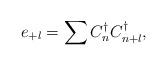
LaTeX: \begin{align*}e_{+l}=\sum C_{n}^{\dagger}C_{n+l}^{\dagger},\end{align*}